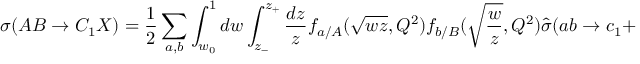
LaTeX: \sigma ( A B \rightarrow C _ { 1 } X ) = \frac { 1 } { 2 } \sum _ { a , b } \int _ { w _ { 0 } } ^ { 1 } d w \int _ { z _ { - } } ^ { z _ { + } } \frac { d z } { z } f _ { a / A } ( \sqrt { w z } , Q ^ { 2 } ) f _ { b / B } ( \sqrt { \frac { w } { z } } , Q ^ { 2 } ) \hat { \sigma } ( a b \rightarrow c _ { 1 } + \cdots )